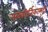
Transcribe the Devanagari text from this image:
नलकीर्तिकामुदी